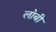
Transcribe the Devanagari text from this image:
ला॓बी